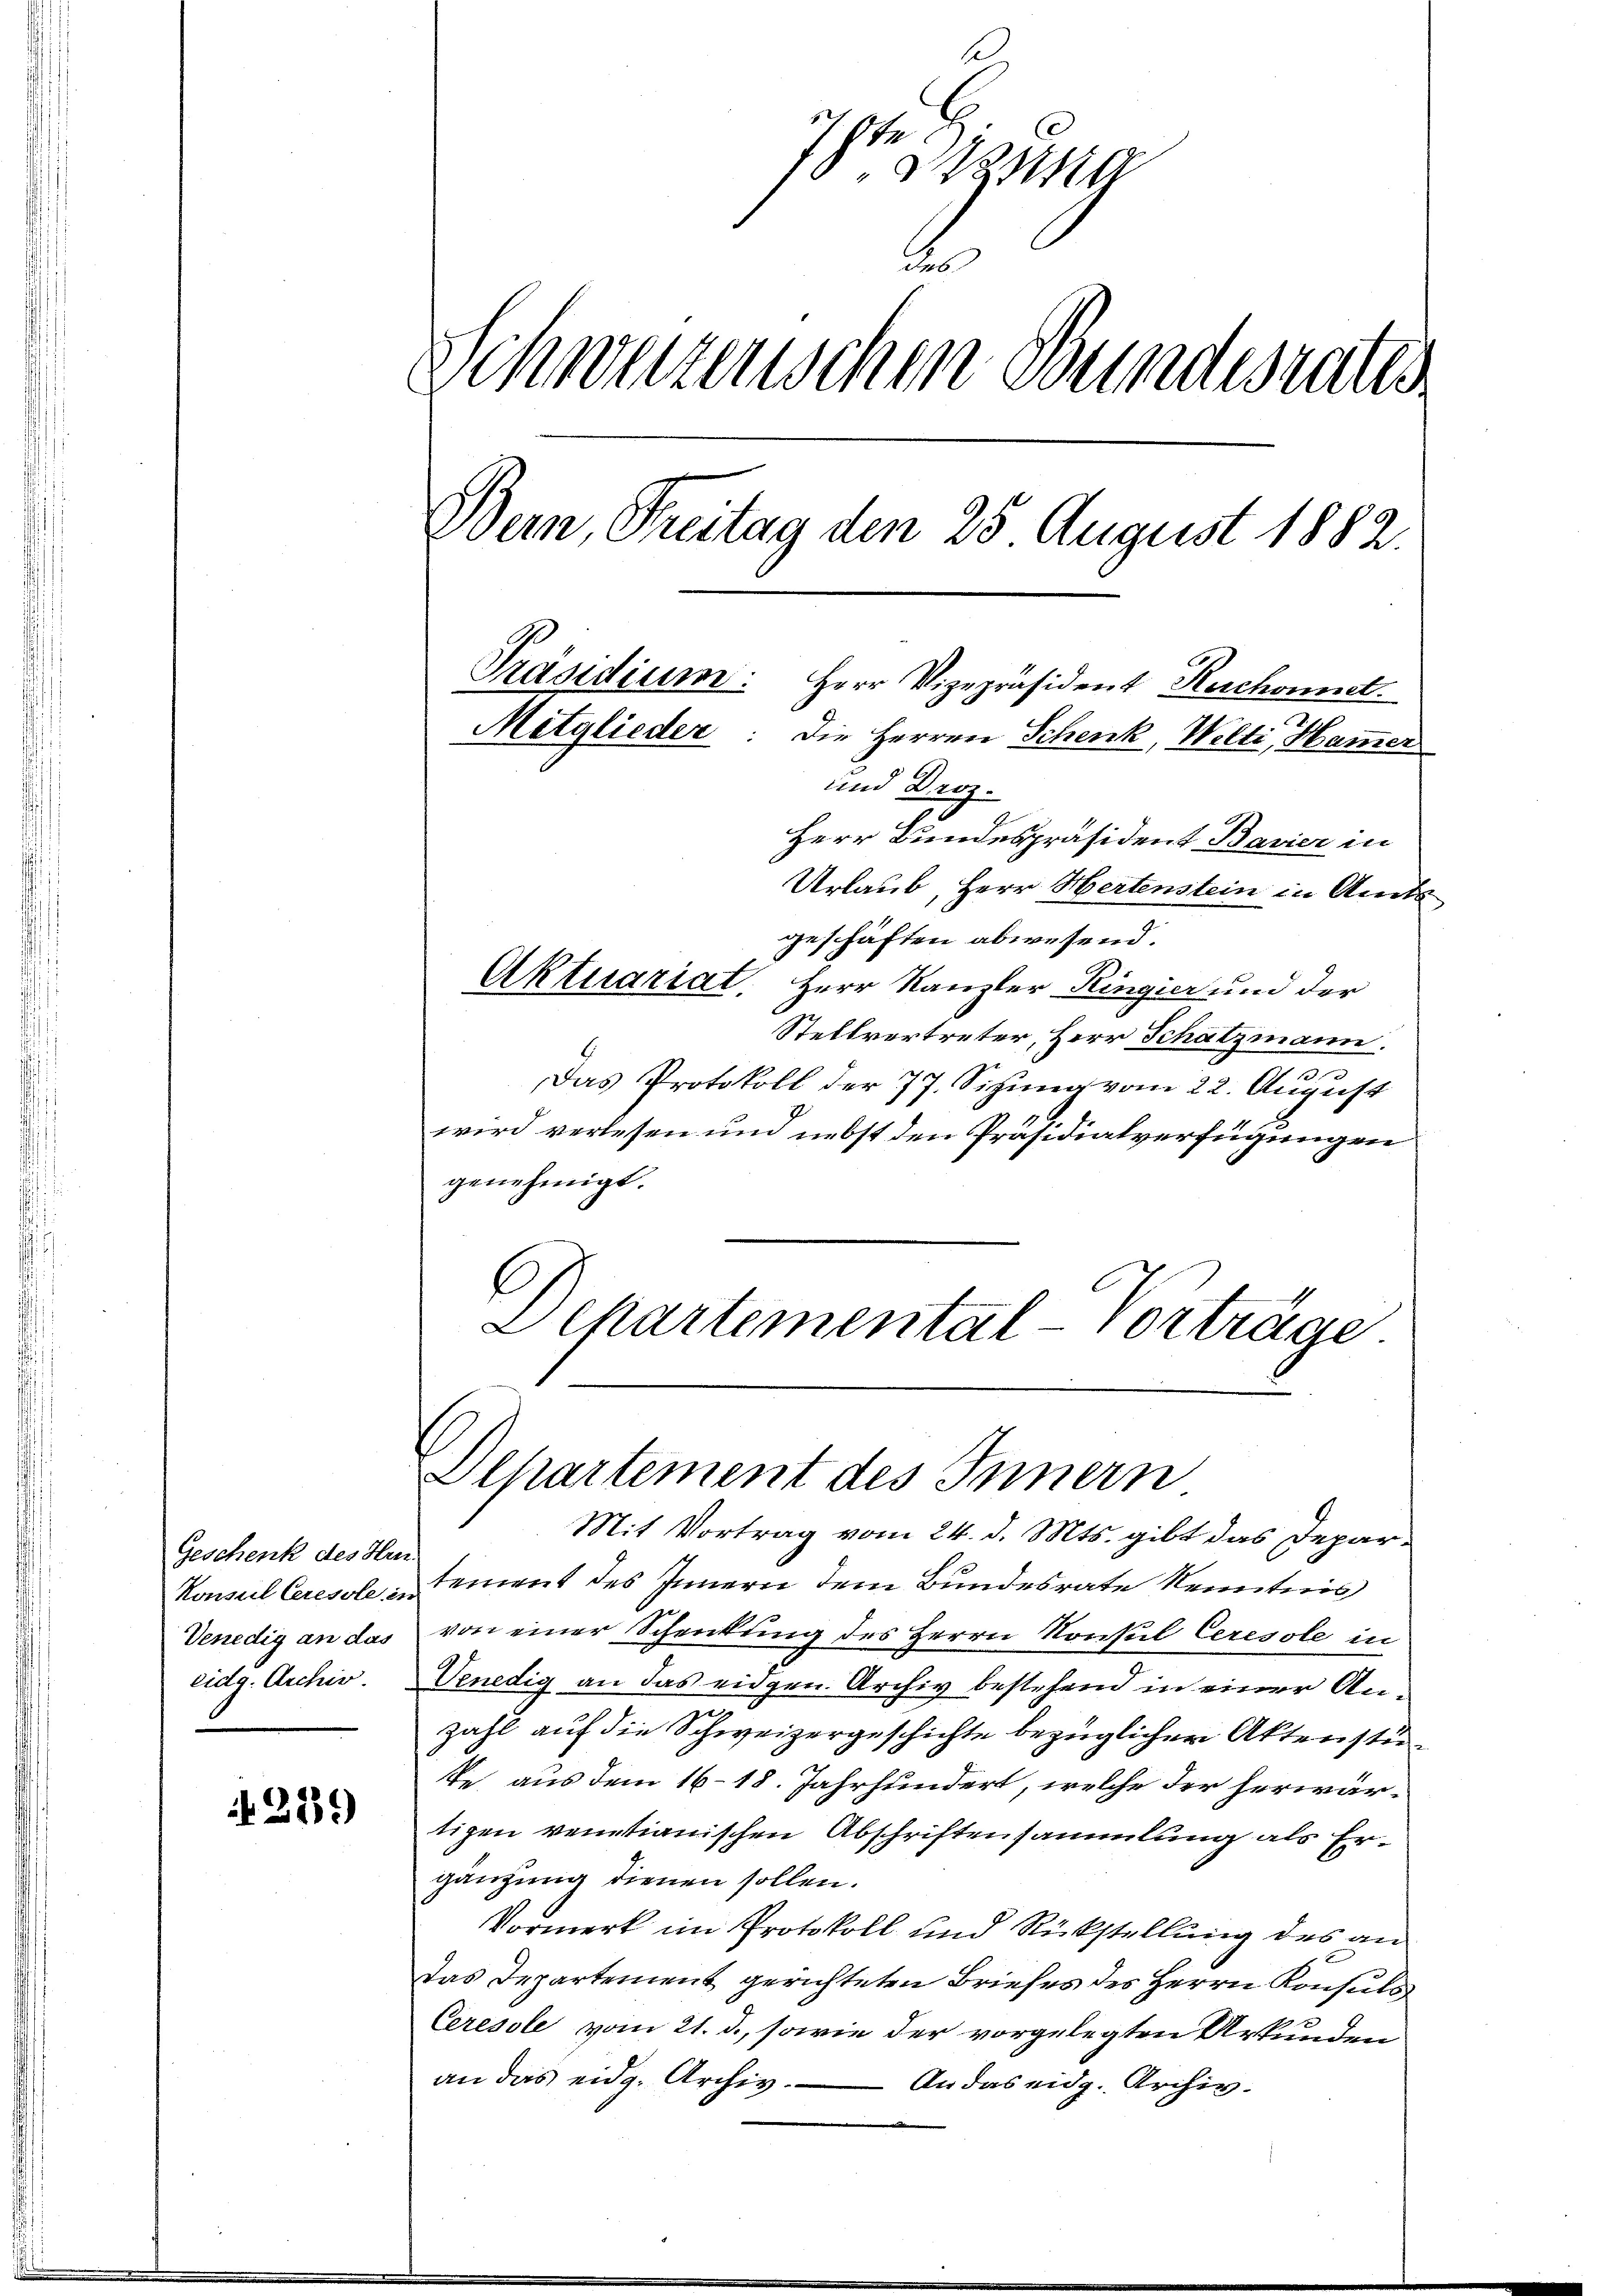
12.
eschenk des Hrn.
2
Konsul Ceresole, in
Venedig an das
eidg. Archiv.

329)

b
hte zug
d
Schwerzenschen Bundesrates
Bern, Freitag den 25 August 1882.
Präsidium. Herr Vizepräsident Ruchound.
Mitglieder: Die Herren Schenk, Welti, Hammer
und Droz.

Lepartemental-Vorträge

Herr Bundespräsident Bavier in
Urlaub, Herr Hertenstein in Amt
geschäften abwesend.
Aktuariat. Herr Kanzler Ringier und der
Stellvertreter, Herr Schatzmann.
a
Das Protokoll der 77. Sizung vom 22. August
wird verlesen und nebst den Präsidialverfügungen
genehmigt.
Departement des Innern
Mit Vortrag vom 24. d. Mts. gibt das Departement des Innern dem Bundesrate Kenntnis
von einer Schenkung des Herrn Konsul Ceresole in
Venedig an das eidgen. Archiv bestehend in einer An¬
7x
zahl auf die Schweizergeschichte bezüglicher Aktenstüte, aus dem 16–18. Jahrhundert, welche der herwärtigen ventianischen Abschriftensammlung als Ergänzung dienen sollen.
Vormerk im Protokoll und Rückstellung des an
Das Departement gerichteten Briefes des Herrn Konsuls
Ceresole vom 21. d., sowie der vorgelegten Urkunden
an das eidg. Archiv. An das eidg. Archiv.